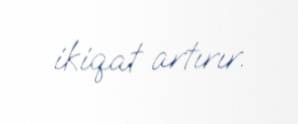
ikiqat artırır.